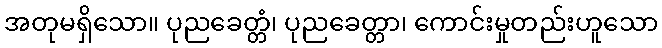
အတုမရှိသော။ ပုညခေတ္တံ၊ ပုညခေတ္တာ၊ ကောင်းမှုတည်းဟူသော